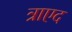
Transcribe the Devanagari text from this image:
त्राएद